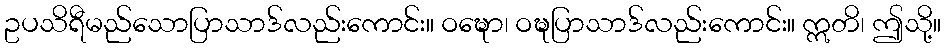
ဥပသိရီမည်သောပြာသာဒ်လည်းကောင်း။ ဝဍ္ဎော၊ ဝဍ္ဎပြာသာဒ်လည်းကောင်း။ ဣတိ၊ ဤသို့။